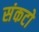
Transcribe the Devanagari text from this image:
संकटो